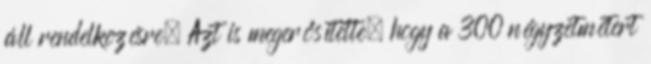
áll rendelkezésre. Azt is megerősítette, hogy a 300 négyzetmétert